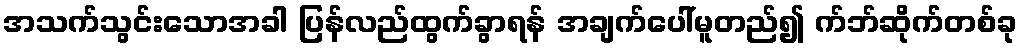
အသက်သွင်းသောအခါ ပြန်လည်ထွက်ခွာရန် အချက်ပေါ်မူတည်၍ က်ဘ်ဆိုက်တစ်ခု